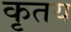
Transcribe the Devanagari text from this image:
कृतय